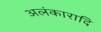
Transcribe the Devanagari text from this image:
अलंकारादि